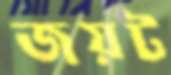
জয়ট